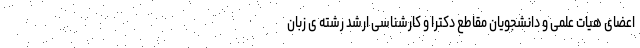
اعضای هیات علمی و دانشجویان مقاطع دکترا و کارشناسی ارشد رشته ی زبان